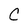
Character: C